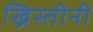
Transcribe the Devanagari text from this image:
ख्रिस्तीनी